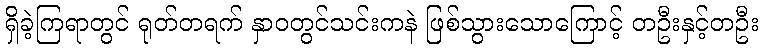
ရှိခဲ့ကြရာတွင် ရုတ်တရက် နှာဝတွင်သင်းကနဲ ဖြစ်သွားသောကြောင့် တဦးနှင့်တဦး